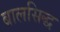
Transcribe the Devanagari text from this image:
बालसिद्ध